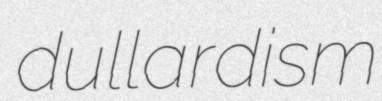
dullardism